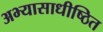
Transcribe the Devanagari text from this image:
अभ्यासाधीष्ठित